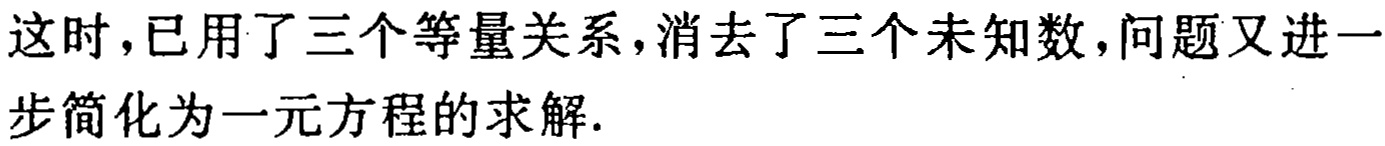
这时，已用了三个等量关系，消去了三个未知数，问题又进一步简化为一元方程的求解.